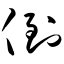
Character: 倒